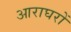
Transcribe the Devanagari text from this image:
आराघरों